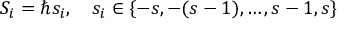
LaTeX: S _ { i } = \hbar s _ { i } , \quad s _ { i } \in \{ - s , - ( s - 1 ) , \dots , s - 1 , s \} \,